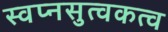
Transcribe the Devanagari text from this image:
स्वप्नसुत्वकत्व